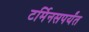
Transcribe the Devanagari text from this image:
टर्मिनसपर्यंत